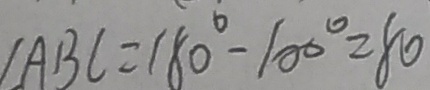
\angle A B C = 1 8 0 ^ { \circ } - 1 0 0 ^ { \circ } = 8 0 ^ { \circ }